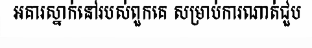
អគារស្នាក់នៅរបស់ពួកគេ សម្រាប់ការណាត់ជួប